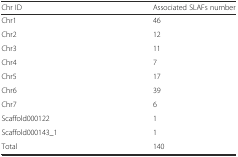
| Chr ID | Associated SLAFs number |
 | --- | --- |
 | Chr1 | 46 |
 | Chr2 | 12 |
 | Chr3 | 11 |
 | Chr4 | 7 |
 | Chr5 | 17 |
 | Chr6 | 39 |
 | Chr7 | 6 |
 | Scaffold000122 | 1 |
 | Scaffold000143_1 | 1 |
 | Total | 140 |